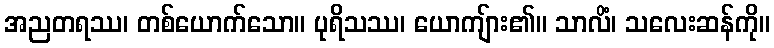
အညတရဿ၊ တစ်ယောက်သော။ ပုရိသဿ၊ ယောကျ်ား၏။ သာလိံ၊ သလေးဆန်ကို။